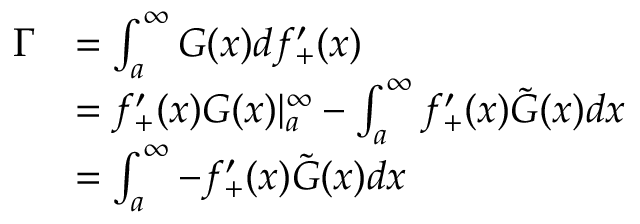
\begin{array} { r l } { \Gamma } & { = \int _ { a } ^ { \infty } G ( x ) d f _ { + } ^ { \prime } ( x ) } \\ & { = f _ { + } ^ { \prime } ( x ) G ( x ) | _ { a } ^ { \infty } - \int _ { a } ^ { \infty } f _ { + } ^ { \prime } ( x ) \tilde { G } ( x ) d x } \\ & { = \int _ { a } ^ { \infty } - f _ { + } ^ { \prime } ( x ) \tilde { G } ( x ) d x } \end{array}